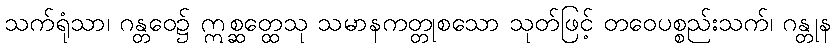
သက်ရုံသာ၊ ဂန္တဝေ၌ ဣစ္ဆတ္ထေသု သမာနကတ္တုစသော သုတ်ဖြင့် တဝေပစ္စည်းသက်၊ ဂန္တုန